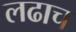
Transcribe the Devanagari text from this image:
लढाच